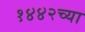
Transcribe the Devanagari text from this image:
१४४२च्या